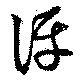
評